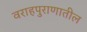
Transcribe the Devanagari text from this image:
वराहपुराणातील